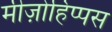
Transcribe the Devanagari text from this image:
मीज़ोहिप्पस